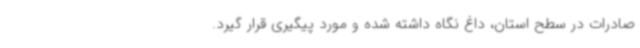
صادرات در سطح استان، ‌داغ نگاه داشته شده و مورد پیگیری قرار گیرد.